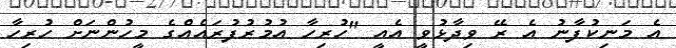
އެ މަނިކުފާނު އެ ރޭ ވިދާޅުވީ އެއީ "ހުރިހާ އުމުރުފުރައެއްގެ މީހުންނަށް ހުރިހާ